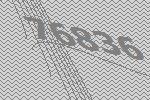
76836